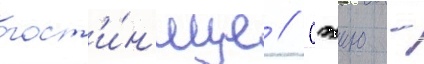
гост'и́н'ице // Сэию -